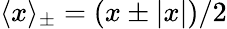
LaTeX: \langle x\rangle_{\pm}=(x\pm|x|)/2